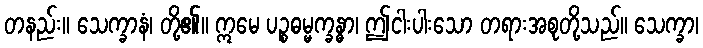
တနည်း။ သေက္ခာနံ၊ တို့၏။ ဣမေ ပဉ္စဓမ္မက္ခန္ဓာ၊ ဤငါးပါးသော တရားအစုတို့သည်။ သေက္ခာ၊